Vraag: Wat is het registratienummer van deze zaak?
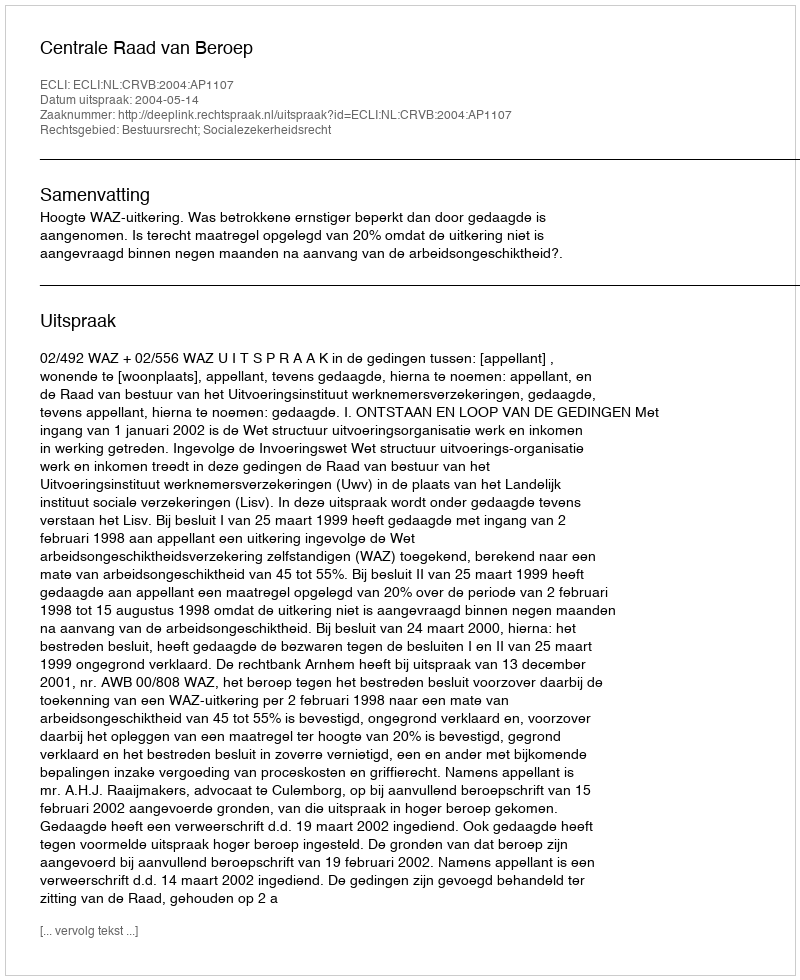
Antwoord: http://deeplink.rechtspraak.nl/uitspraak?id=ECLI:NL:CRVB:2004:AP1107